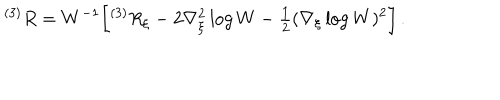
LaTeX: { } ^ { ( 3 ) } R = W ^ { - 1 } \biggl [ { } ^ { ( 3 ) } R _ { \xi } - 2 \nabla _ { \xi } ^ { 2 } \log W - { \textstyle \frac { 1 } { 2 } } ( \nabla _ { \xi } \log W ) ^ { 2 } \biggr ] \, .